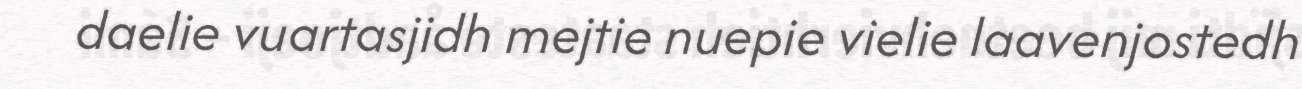
daelie vuartasjidh mejtie nuepie vielie laavenjostedh